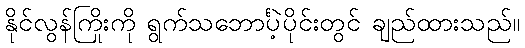
နိုင်လွန်ကြိုးကို ရွက်သဘောင်္ပဲ့ပိုင်းတွင် ချည်ထားသည်။